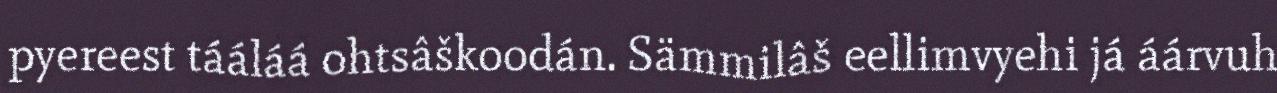
pyereest tááláá ohtsâškoodán. Sämmilâš eellimvyehi já áárvuh